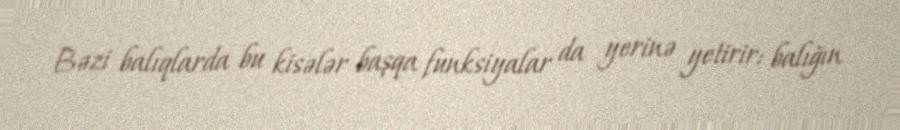
Bəzi balıqlarda bu kisələr başqa funksiyalar da yerinə yetirir: balığın